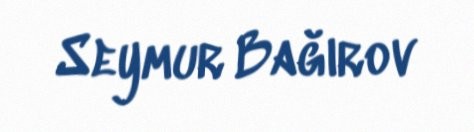
Seymur Bağırov